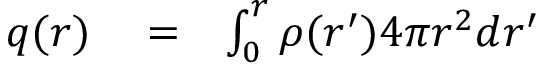
\begin{array} { r l r } { q ( r ) } & { { } = } & { \int _ { 0 } ^ { r } \rho ( r ^ { \prime } ) 4 \pi r ^ { 2 } d r ^ { \prime } } \end{array}